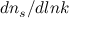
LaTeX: d n _ { s } / d l n k